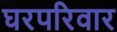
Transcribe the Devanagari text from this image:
घरपरिवार